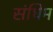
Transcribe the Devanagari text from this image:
संघिम